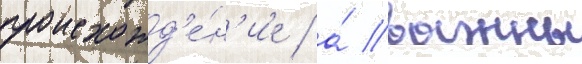
происхожд'е́н'ие / а́ важны